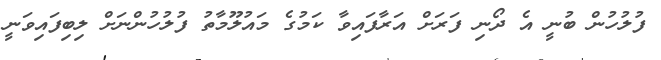
ފުލުހުން ބުނީ އެ ދޯނި ފަރަށް އަރާފައިވާ ކަމުގެ މައުލޫމާތު ފުލުހުންނަށް ލިބިފައިވަނީ